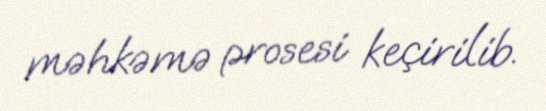
məhkəmə prosesi keçirilib.